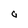
Character: a